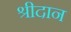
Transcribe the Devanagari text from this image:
श्रीदान